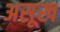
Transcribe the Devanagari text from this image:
असूख